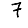
Digit: 7